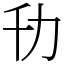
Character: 㔓